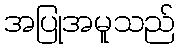
အပြုအမူသည်